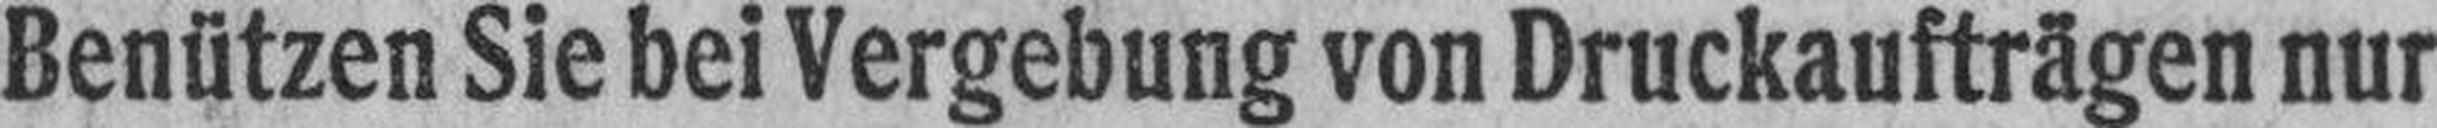
Benützen Sie bei Vergebung von Druckaufträgen nur